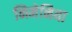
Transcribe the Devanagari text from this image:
निमेनिया